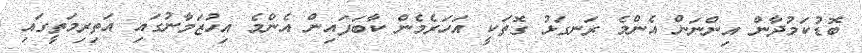
ބޮޑުކަމުދާން އިންނަން އެންމެ ރަނގަޅު ގޮތަކީ އަހަރެމެން ކާބަފައިން އެންމެ އިހުޒަމާނުގައި އަތިރިމަތީގައި